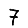
Digit: 7